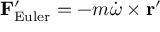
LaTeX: \mathbf { F } _ { \mathrm { E u l e r } } ^ { \prime } = - m { \dot { \boldsymbol { \omega } } } \times \mathbf { r } ^ { \prime }